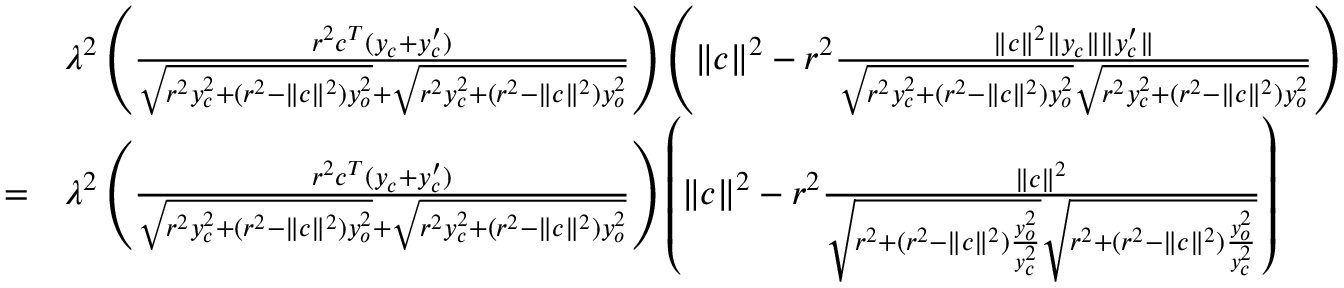
\begin{array} { r l } & { \lambda ^ { 2 } \left( \frac { r ^ { 2 } c ^ { T } ( y _ { c } + y _ { c } ^ { \prime } ) } { \sqrt { r ^ { 2 } y _ { c } ^ { 2 } + ( r ^ { 2 } - \| c \| ^ { 2 } ) y _ { o } ^ { 2 } } + \sqrt { r ^ { 2 } y _ { c } ^ { 2 } + ( r ^ { 2 } - \| c \| ^ { 2 } ) y _ { o } ^ { 2 } } } \right) \left( \| c \| ^ { 2 } - r ^ { 2 } \frac { \| c \| ^ { 2 } \| y _ { c } \| \| y _ { c } ^ { \prime } \| } { \sqrt { r ^ { 2 } y _ { c } ^ { 2 } + ( r ^ { 2 } - \| c \| ^ { 2 } ) y _ { o } ^ { 2 } } \sqrt { r ^ { 2 } y _ { c } ^ { 2 } + ( r ^ { 2 } - \| c \| ^ { 2 } ) y _ { o } ^ { 2 } } } \right) } \\ { = } & { \lambda ^ { 2 } \left( \frac { r ^ { 2 } c ^ { T } ( y _ { c } + y _ { c } ^ { \prime } ) } { \sqrt { r ^ { 2 } y _ { c } ^ { 2 } + ( r ^ { 2 } - \| c \| ^ { 2 } ) y _ { o } ^ { 2 } } + \sqrt { r ^ { 2 } y _ { c } ^ { 2 } + ( r ^ { 2 } - \| c \| ^ { 2 } ) y _ { o } ^ { 2 } } } \right) \left( \| c \| ^ { 2 } - r ^ { 2 } \frac { \| c \| ^ { 2 } } { \sqrt { r ^ { 2 } + ( r ^ { 2 } - \| c \| ^ { 2 } ) \frac { y _ { o } ^ { 2 } } { y _ { c } ^ { 2 } } } \sqrt { r ^ { 2 } + ( r ^ { 2 } - \| c \| ^ { 2 } ) \frac { y _ { o } ^ { 2 } } { y _ { c } ^ { 2 } } } } \right) } \end{array}